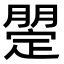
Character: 𣎡